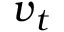
\boldsymbol { v } _ { t }